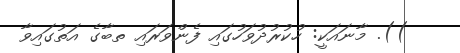
)). މާނައަކީ: ހުކުރުދުވަހުގައި ފެންވަރައި ތބާގެ އަތުގައިވާ